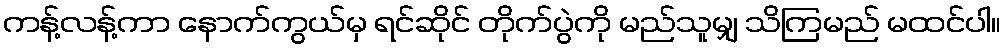
ကန့်လန့်ကာ နောက်ကွယ်မှ ရင်ဆိုင် တိုက်ပွဲကို မည်သူမျှ သိကြမည် မထင်ပါ။